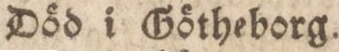
Död i Götheborg.